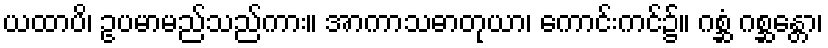
ယထာပိ၊ ဥပမာမည်သည်ကား။ အာကာသဓာတုယာ၊ ကောင်းကင်၌။ ဂစ္ဆံ ဂစ္ဆန္တော၊